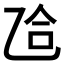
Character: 𫡥